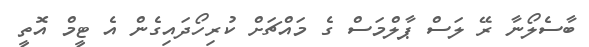
ބާސެލޯނާ ރޭ ލަސް ޕާލްމަސް ގެ މައްޗަށް ކުރިހޯދައިގެން އެ ޓީމް އޮތީ